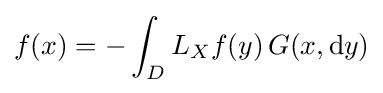
f(x)=-\int _{D}L_{X}f(y)\,G(x,\mathrm {d} y)